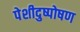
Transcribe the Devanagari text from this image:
पेशीदुष्पोषण